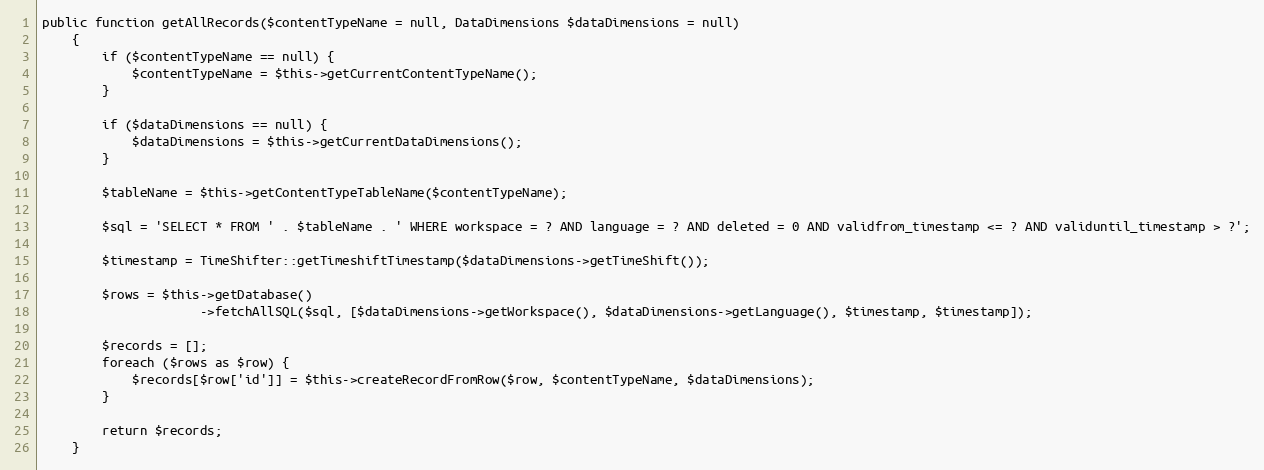
Language: PHP
public function getAllRecords($contentTypeName = null, DataDimensions $dataDimensions = null)
    {
        if ($contentTypeName == null) {
            $contentTypeName = $this->getCurrentContentTypeName();
        }

        if ($dataDimensions == null) {
            $dataDimensions = $this->getCurrentDataDimensions();
        }

        $tableName = $this->getContentTypeTableName($contentTypeName);

        $sql = 'SELECT * FROM ' . $tableName . ' WHERE workspace = ? AND language = ? AND deleted = 0 AND validfrom_timestamp <= ? AND validuntil_timestamp > ?';

        $timestamp = TimeShifter::getTimeshiftTimestamp($dataDimensions->getTimeShift());

        $rows = $this->getDatabase()
                     ->fetchAllSQL($sql, [$dataDimensions->getWorkspace(), $dataDimensions->getLanguage(), $timestamp, $timestamp]);

        $records = [];
        foreach ($rows as $row) {
            $records[$row['id']] = $this->createRecordFromRow($row, $contentTypeName, $dataDimensions);
        }

        return $records;
    }